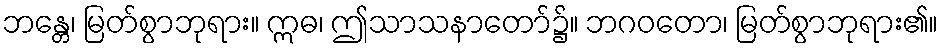
ဘန္တေ၊ မြတ်စွာဘုရား။ ဣဓ၊ ဤသာသနာတော်၌။ ဘဂဝတော၊ မြတ်စွာဘုရား၏။